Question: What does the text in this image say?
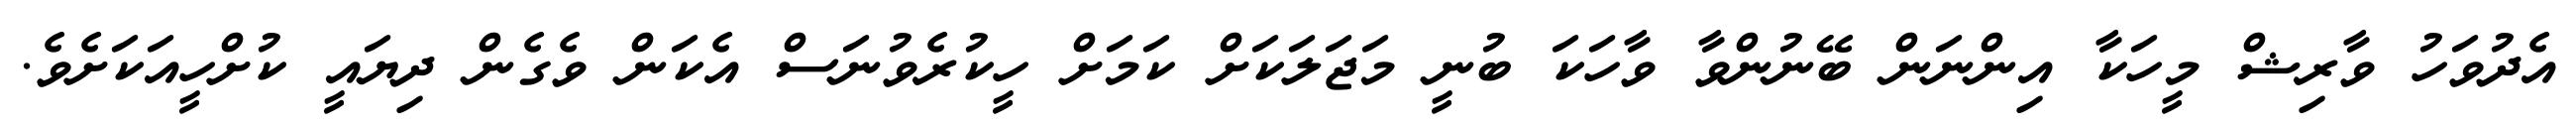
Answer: އެދުވަހު ވާރިޝް މީހަކާ އިންނަން ބޭނުންވާ ވާހަކަ ބުނީ މަޖަލަކަށް ކަމަށް ހީކުރެވުނަސް އެކަން ވެގެން ދިޔައީ ކުށްހީއަކަށެވެ.